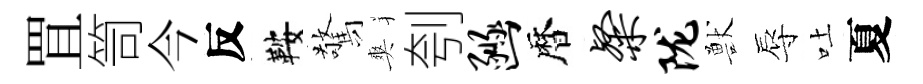
罝笥今反鞍驚爽刳豳暦粲陇獸辱吐夏